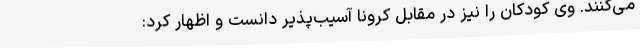
می‌کنند. وی کودکان را نیز در مقابل کرونا آسیب‌پذیر دانست و اظهار کرد: